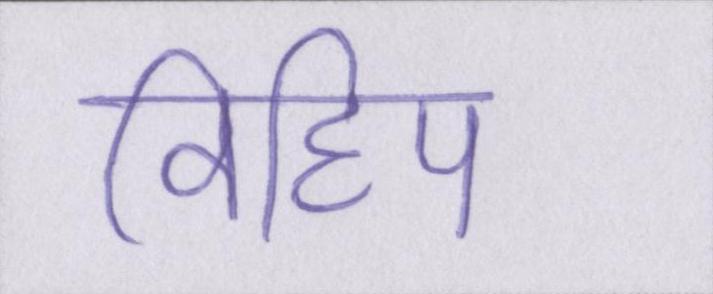
विहिप